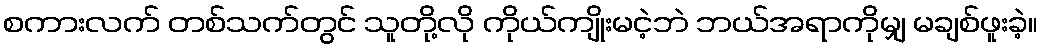
စကားလက် တစ်သက်တွင် သူတို့လို ကိုယ်ကျိုးမငဲ့ဘဲ ဘယ်အရာကိုမျှ မချစ်ဖူးခဲ့။